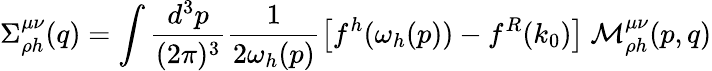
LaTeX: \Sigma_{\rho h}^{\mu\nu}(q)=\int\frac{d^{3}p}{(2\pi)^{3}}\frac{1}{2\omega_{h}(p)}\left[f^{h}(\omega_{h}(p))-f^{R}(k_{0})\right]\ {\cal M}_{\rho h}^{\mu\nu}(p,q)